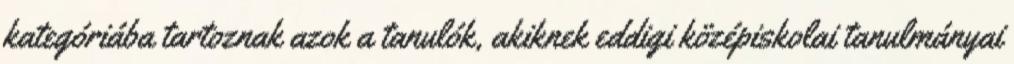
kategóriába tartoznak azok a tanulók, akiknek eddigi középiskolai tanulmányai